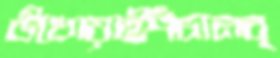
উথোয়াইপঁচানব্